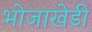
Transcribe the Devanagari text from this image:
भोजाखेडी